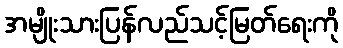
အမျိုးသားပြန်လည်သင့်မြတ်ရေးကို